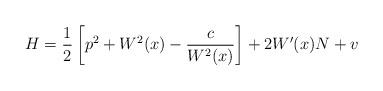
LaTeX: \begin{align*} H=\frac 12\left[p^2+W^2(x)-\frac{c}{W^2(x)}\right] +2W'(x)N+v\end{align*}